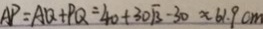
A P = A Q + P Q = 4 0 + 3 0 \sqrt { 3 } - 3 0 \approx 6 1 . 9 c m